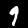
Digit: 9